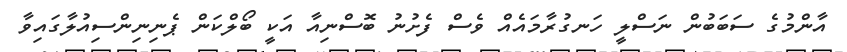
އާންމުގެ ސަބަބުން ނަސްލީ ހަނގުރާމައެއް ވެސް ފެށުނު ބޮސްނިއާ އަކީ ބޯލްކަން ޕެނިނިންސިއުލާގައިވާ